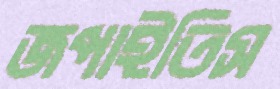
জপাইতিস